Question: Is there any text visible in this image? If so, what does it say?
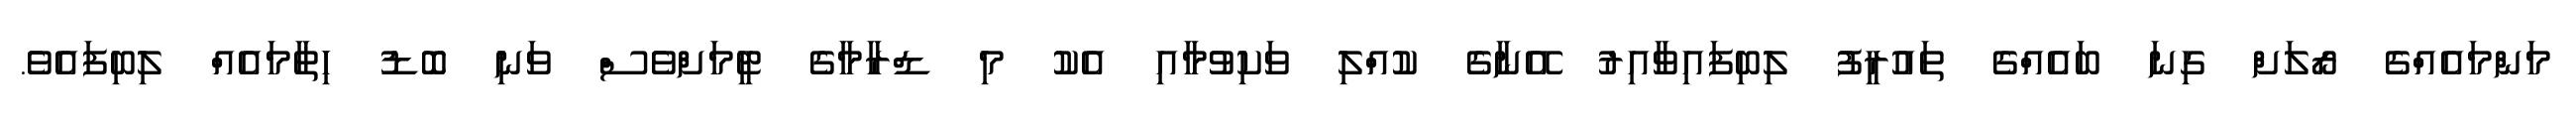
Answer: މަންމައެއްގެ ރޯލަށް ގިނަ ބައެއްގެ ތައުރީފު ލިބިފައިވާއިރު އޭނާގެ ކުއްލި ވަކިވުމާއި އެކު މި ޑްރާމާގެ ޓީމަށްވެސް ވަނި ބޮޑު ހިތާމައެއް ލިބިފައެވެ.